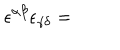
\epsilon ^ { \alpha \beta } \epsilon _ { \gamma \delta } =